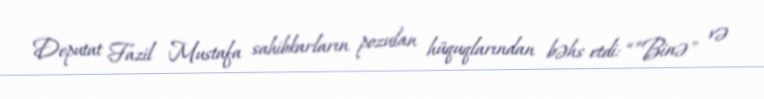
Deputat Fazil Mustafa sahibkarların pozulan hüquqlarından bəhs etdi: “”Binə" və